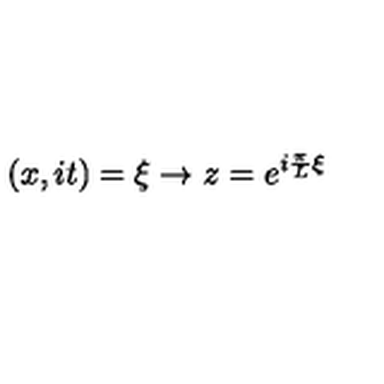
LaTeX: ( x , i t ) = \xi \rightarrow z = e ^ { i \frac { \pi } { L } \xi }